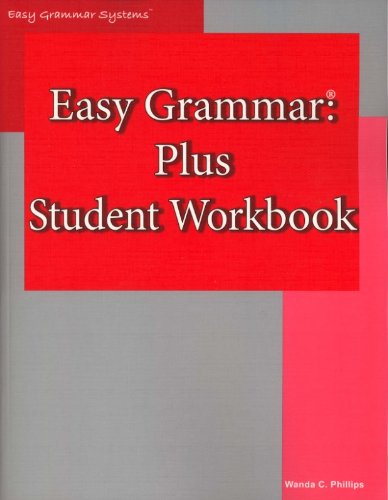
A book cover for Easy Grammar: Plus Student Workbook; Wanda C. Phillips; Reference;